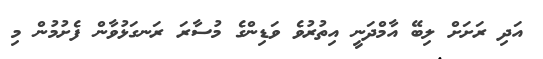
އަދި ރަށަށް ލިބޭ އާމްދަނީ އިތުރުވެ ވަޑިންގެ މުސާރަ ރަނގަޅުވާން ފެށުމުން މި